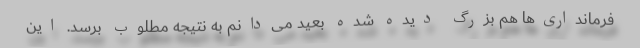
فرمانداری‌ها هم بزرگ دیده شده بعید می‌دانم به نتیجه مطلوب برسد. این